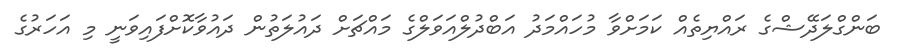
ބަންގްލަދޭޝްގެ ރައްޔިތެއް ކަމަށްވާ މުހައްމަދު އަބްދުލްއަވަލްގެ މައްޗަށް ދައުލަތުން ދައުވާކޮށްފައިވަނީ މި އަހަރުގެ